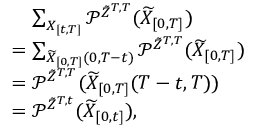
\begin{array} { r l } & { \mathrel { \phantom { = } } \sum _ { X _ { [ t , T ] } } \mathcal { P } ^ { \tilde { Z } ^ { T , T } } ( \widetilde { X } _ { [ 0 , T ] } ) } \\ & { = \sum _ { \widetilde { X } _ { [ 0 , T ] } ( 0 , T - t ) } \mathcal { P } ^ { \tilde { Z } ^ { T , T } } ( \widetilde { X } _ { [ 0 , T ] } ) } \\ & { = \mathcal { P } ^ { \tilde { Z } ^ { T , T } } ( \widetilde { X } _ { [ 0 , T ] } ( T - t , T ) ) } \\ & { = \mathcal { P } ^ { \tilde { Z } ^ { T , t } } ( \widetilde { X } _ { [ 0 , t ] } ) , } \end{array}